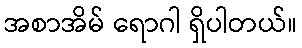
အစာအိမ် ရောဂါ ရှိပါတယ်။